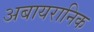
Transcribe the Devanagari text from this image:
अबायरानिक